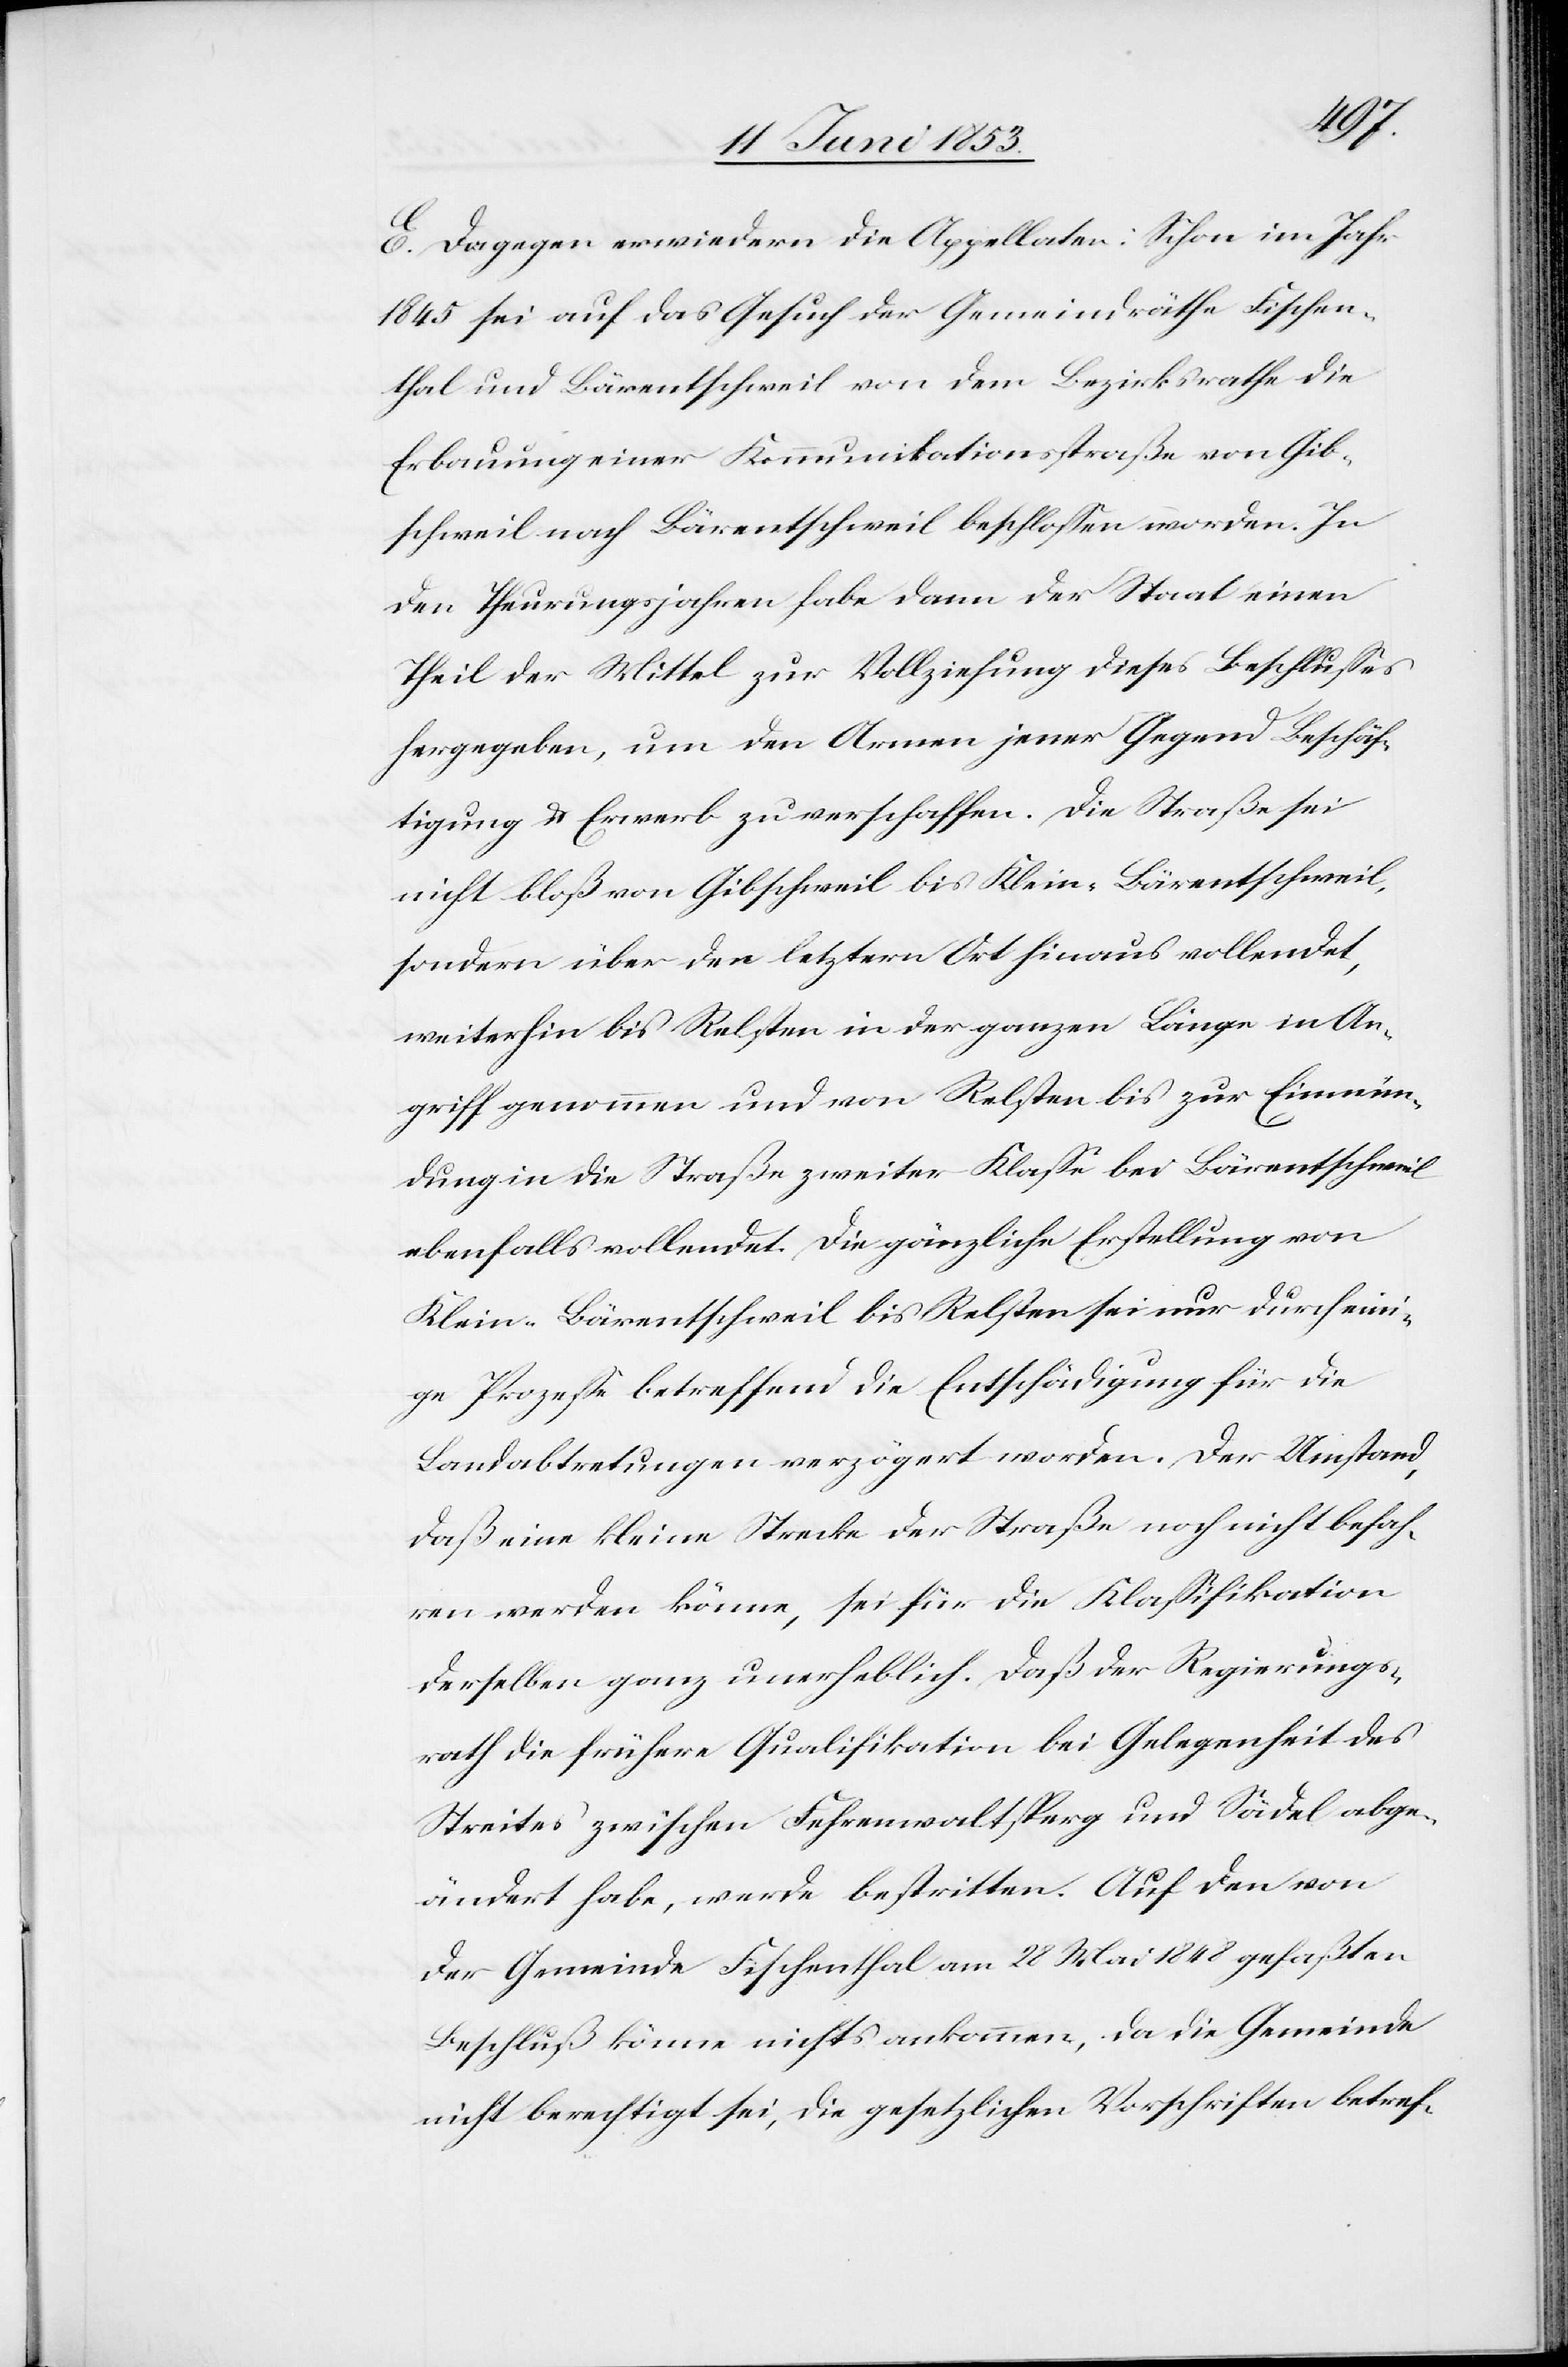
E. Dagegen erwiedern die Appellaten: Schon im Jahr
1845 sei auf das Gesuch der Gemeindräthe Fischen¬
thal und Bärentschweil von dem Bezirksrathe die
Erbauung einer Kommunikationsstraße von Gib¬
schweil nach Bärentschweil beschloßen worden. In
den Theurungsjahren habe dann der Staat einen
Theil der Mittel zur Vollziehung dieses Beschlußes
hergegeben, um den Armen jener Gegend Beschäf¬
tigung u. Erwerb zu verschaffen. Die Straße sei
nicht bloß von Gibschweil bis Klein-Bärentschweil,
sondern über den letztern Ort hinaus vollendet,
weiterhin bis Relsten in der ganzen Länge in An¬
griff genommen und von Relsten bis zur Einmün¬
dung in die Straße zweiter Klaße bei Bärentschweil
ebenfalls vollendet. Die gänzliche Erstellung von
Klein-Bärentschweil bis Relsten sei nur durch eini¬
ge Prozeße betreffend die Entschädigung für die
Landabtretungen verzögert worden. Der Umstand,
daß eine kleine Strecke der Straße noch nicht befah¬
ren werden könne, sei für die Klassifikation
derselben ganz unerheblich. Daß der Regierungs¬
rath die frühere Qualifikation bei Gelegenheit des
Streites zwischen Fehrenwaltsperg und Sädel abge¬
ändert habe, werde bestritten. Auf den von
der Gemeinde Fischenthal am 28 Mai 1848 gefaßten
Beschluß könne nichts ankommen, da die Gemeinde
nicht berechtigt sei, die gesetzlichen Vorschriften betref-